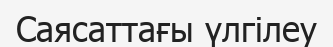
Саясаттағы үлгілеу